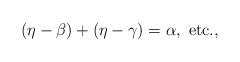
\begin{align*}(\eta-\beta)+(\eta-\gamma)=\alpha,\ \textrm{etc.,}\end{align*}